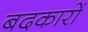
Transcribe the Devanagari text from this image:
बदकारों